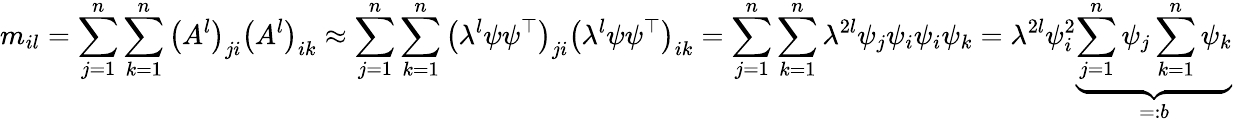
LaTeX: m_{il}=\sum_{j=1}^{n}\sum_{k=1}^{n}\left(A^{l}\right)_{ji}\left(A^{l}\right)_{ik}\approx\sum_{j=1}^{n}\sum_{k=1}^{n}\left(\lambda^{l}\psi\psi^{\top}\right)_{ji}\left(\lambda^{l}\psi\psi^{\top}\right)_{ik}=\sum_{j=1}^{n}\sum_{k=1}^{n}\lambda^{2l}\psi_{j}\psi_{i}\psi_{i}\psi_{k}=\lambda^{2l}\psi_{i}^{2}\underbrace{\sum_{j=1}^{n}\psi_{j}\sum_{k=1}^{n}\psi_{k}}_{=:b}